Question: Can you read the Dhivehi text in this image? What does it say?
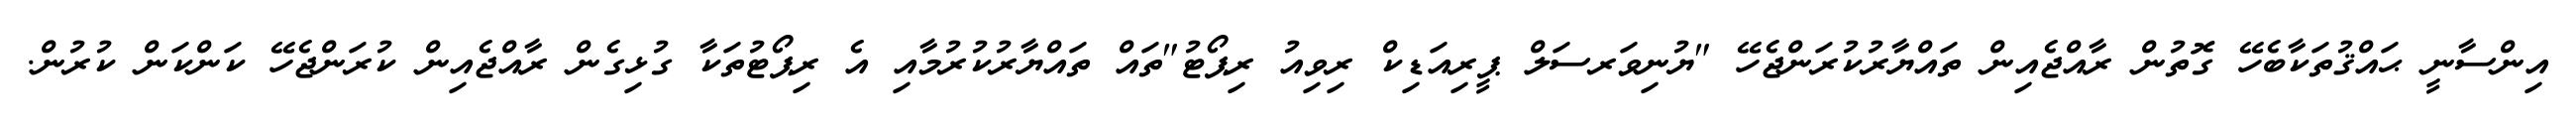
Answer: އިންސާނީ ޙައްޤުތަކާބެހޭ ގޮތުން ރާއްޖެއިން ތައްޔާރުކުރަންޖެހޭ "ޔުނިވަރސަލް ޕީރިއަޑިކް ރިވިއު ރިޕޯޓު"ތައް ތައްޔާރުކުރުމާއި އެ ރިޕޯޓުތަކާ ގުޅިގެން ރާއްޖެއިން ކުރަންޖެހޭ ކަންކަން ކުރުން.